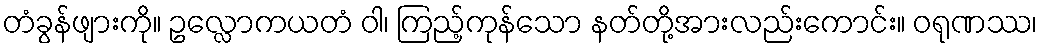
တံခွန်ဖျားကို။ ဥလ္လောကယတံ ဝါ၊ ကြည့်ကုန်သော နတ်တို့အားလည်းကောင်း။ ဝရုဏဿ၊